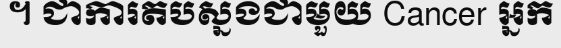
។ ជាការតបស្នងជាមួយ Cancer អ្នក